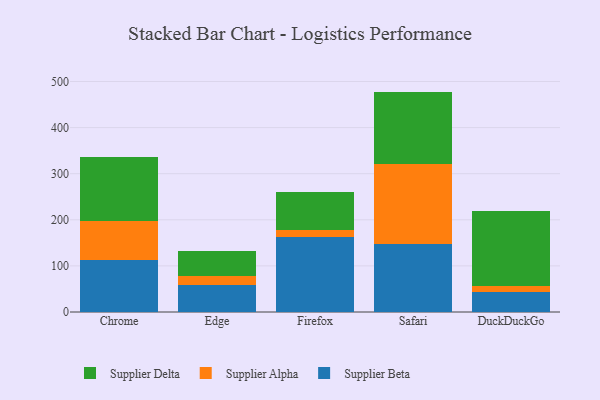
{"axis": {"x": "Browser", "y": "Net Income (USD K)"}, "legend": ["Supplier Alpha", "Supplier Beta", "Supplier Delta"], "data": [{"x": "Chrome", "y": 113.7, "type": "Supplier Beta"}, {"x": "Chrome", "y": 84.6, "type": "Supplier Alpha"}, {"x": "Chrome", "y": 137.5, "type": "Supplier Delta"}, {"x": "Edge", "y": 58.1, "type": "Supplier Beta"}, {"x": "Edge", "y": 20.8, "type": "Supplier Alpha"}, {"x": "Edge", "y": 53.3, "type": "Supplier Delta"}, {"x": "Firefox", "y": 162.8, "type": "Supplier Beta"}, {"x": "Firefox", "y": 14.5, "type": "Supplier Alpha"}, {"x": "Firefox", "y": 83.0, "type": "Supplier Delta"}, {"x": "Safari", "y": 147.4, "type": "Supplier Beta"}, {"x": "Safari", "y": 173.2, "type": "Supplier Alpha"}, {"x": "Safari", "y": 157.5, "type": "Supplier Delta"}, {"x": "DuckDuckGo", "y": 44.0, "type": "Supplier Beta"}, {"x": "DuckDuckGo", "y": 11.9, "type": "Supplier Alpha"}, {"x": "DuckDuckGo", "y": 162.7, "type": "Supplier Delta"}]}